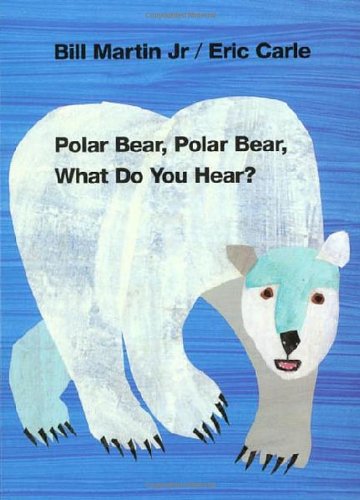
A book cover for Polar Bear, Polar Bear, What Do You Hear? (Brown Bear and Friends); Bill Martin Jr.; Children's Books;